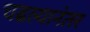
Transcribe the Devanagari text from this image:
चढल्यानंतर